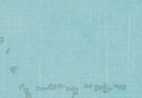
ورشة تصليح الساعات والدسب